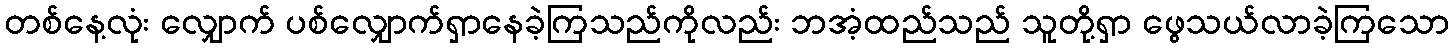
တစ်နေ့လုံး လျှောက် ပစ်လျှောက်ရှာနေခဲ့ကြသည်ကိုလည်း ဘအံ့ထည်သည် သူတို့ရှာ ဖွေသယ်လာခဲ့ကြသော